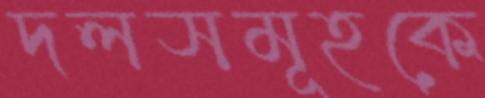
দলসমূহকে